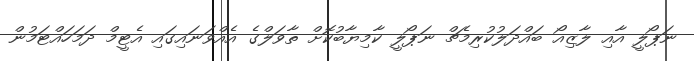
ނަޕޯލީ އާއި ލާޒިއޯ ބައްދަލުކުރިމެޗް ނަޕޯލީ ކާމިޔާބުކޮށް ތާވަލްގެ އެއްވަނައިގައި އެޓީމް ދަމަހައްޓަމުން